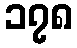
၁၇၈